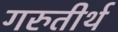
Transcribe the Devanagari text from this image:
गरुतीर्थ